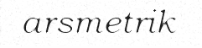
arsmetrik